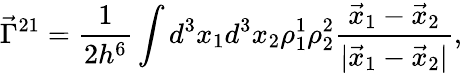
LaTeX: \vec{\Gamma}^{21}=\frac{1}{2h^{6}}\int d^{3}x_{1}d^{3}x_{2}\rho_{1}^{1}\rho_{2}^{2}\frac{\vec{x}_{1}-\vec{x}_{2}}{|\vec{x}_{1}-\vec{x}_{2}|},